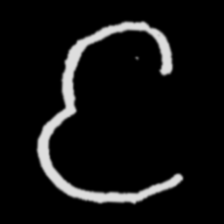
Pyu character \u2014 Myanmar letter: င (romanized: nga)